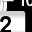
Digit: 2